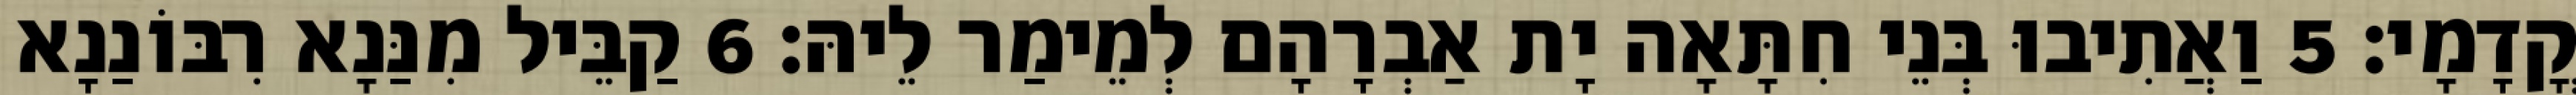
קֳדָמָי׃ 5 וַאֲתִיבוּ בְּנֵי חִתָּאָה יָת אַבְרָהָם לְמֵימַר לֵיהּ׃ 6 קַבֵּיל מִנַּנָא רִבּוֹנַנָא